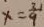
x = \frac { 3 } { 9 }